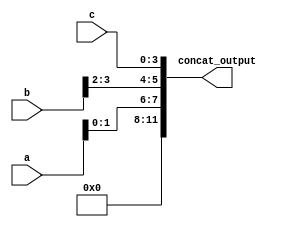
module concat_assign (
    input [3:0] a,
    input [3:0] b,
    input [3:0] c,
    output [11:0] concat_output
);

assign concat_output = {a[1:0], b[3:2], c}; // Concatenating bits from inputs a, b, and c

endmodule